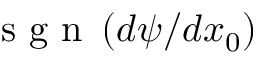
\mathrm { ~ s ~ g ~ n ~ } \left( d \psi / d x _ { 0 } \right)